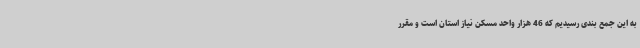
به این جمع بندی رسیدیم که 46 هزار واحد مسکن نیاز استان است و مقرر